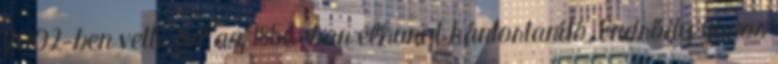
2002-ben vette fel az 1856-ban elhunyt kántortanító, Endrődy János